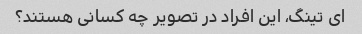
ای تینگ، این افراد در تصویر چه کسانی هستند؟